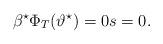
LaTeX: \begin{align*}\beta^\star \Phi_T(\vartheta^\star) = 0 s =0. \end{align*}